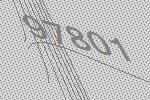
97801